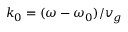
k _ { 0 } = ( \omega - \omega _ { 0 } ) / v _ { g }